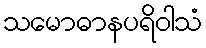
သမောဓာနပရိဝါသံ